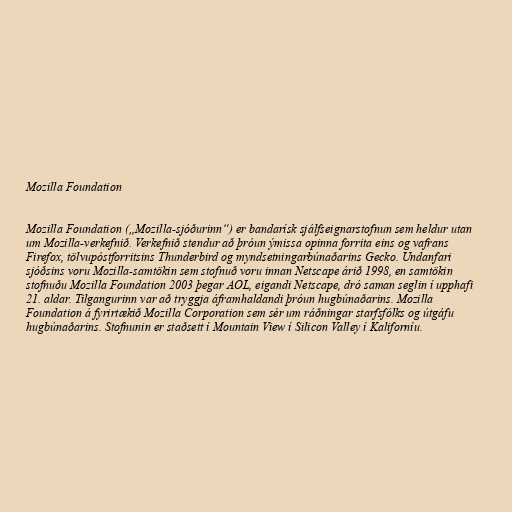
Mozilla Foundation

Mozilla Foundation („Mozilla-sjóðurinn“) er bandarísk sjálfseignarstofnun sem heldur utan
um Mozilla-verkefnið. Verkefnið stendur að þróun ýmissa opinna forrita eins og vafrans
Firefox, tölvupóstforritsins Thunderbird og myndsetningarbúnaðarins Gecko. Undanfari
sjóðsins voru Mozilla-samtökin sem stofnuð voru innan Netscape árið 1998, en samtökin
stofnuðu Mozilla Foundation 2003 þegar AOL, eigandi Netscape, dró saman seglin í upphafi
21. aldar. Tilgangurinn var að tryggja áframhaldandi þróun hugbúnaðarins. Mozilla
Foundation á fyrirtækið Mozilla Corporation sem sér um ráðningar starfsfólks og útgáfu
hugbúnaðarins. Stofnunin er staðsett í Mountain View í Silicon Valley í Kaliforníu.